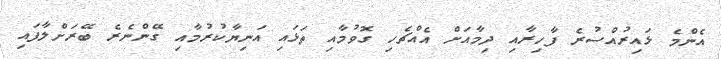
އެންމެ ޅައިރުއްސުރެ ފާހިރާއި ދިމާއަށް އެއްޗެހި ގޮވުމާއި ތަޅައި އަނިޔާކުރުމާއި ގޭންނެރެ ބޭރަށްލާފައި